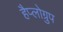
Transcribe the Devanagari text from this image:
हैप्लोग्रुप